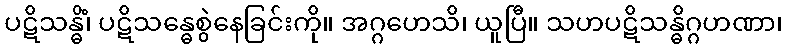
ပဋိသန္ဓိံ၊ ပဋိသန္ဓေစွဲနေခြင်းကို။ အဂ္ဂဟေသိ၊ ယူပြီ။ သဟပဋိသန္ဓိဂ္ဂဟဏာ၊